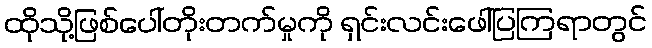
ထိုသို့ဖြစ်ပေါ်တိုးတက်မှုကို ရှင်းလင်းဖေါ်ပြကြရာတွင်